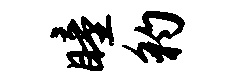
瞳豹